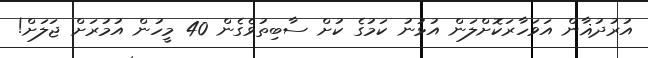
އުރުދުޣާން އަވަހާރަކޮށްލަން އުޅުނު ކަމުގެ ކުށް ސާބިތުވެގެން 40 މީހުން އުމުރަށް ޖަލަށް!